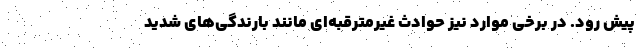
پیش رود. در برخی موارد نیز حوادث غیرمترقبه‌ای مانند بارندگی‌های شدید